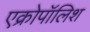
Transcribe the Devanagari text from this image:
एक्रोपॉलिश